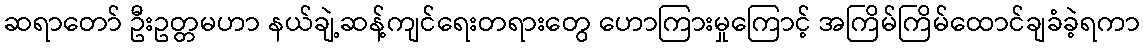
ဆရာတော် ဦးဥတ္တမဟာ နယ်ချဲ့ဆန့်ကျင်ရေးတရားတွေ ဟောကြားမှုကြောင့် အကြိမ်ကြိမ်ထောင်ချခံခဲ့ရကာ